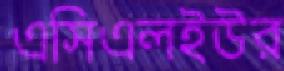
এসিএলইউর